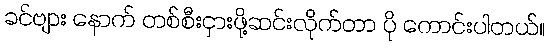
ခင်ဗျား နောက် တစ်စီးငှားဖို့ဆင်းလိုက်တာ ပို ကောင်းပါတယ်။